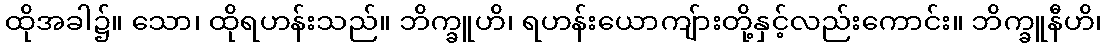
ထိုအခါ၌။ သော၊ ထိုရဟန်းသည်။ ဘိက္ခူဟိ၊ ရဟန်းယောကျ်ားတို့နှင့်လည်းကောင်း။ ဘိက္ခူနီဟိ၊